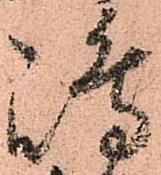
嶋